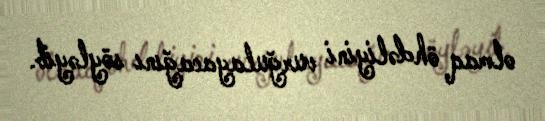
olmaq öhdəliyini vurğulayacağını söyləyib.